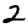
Digit: 2